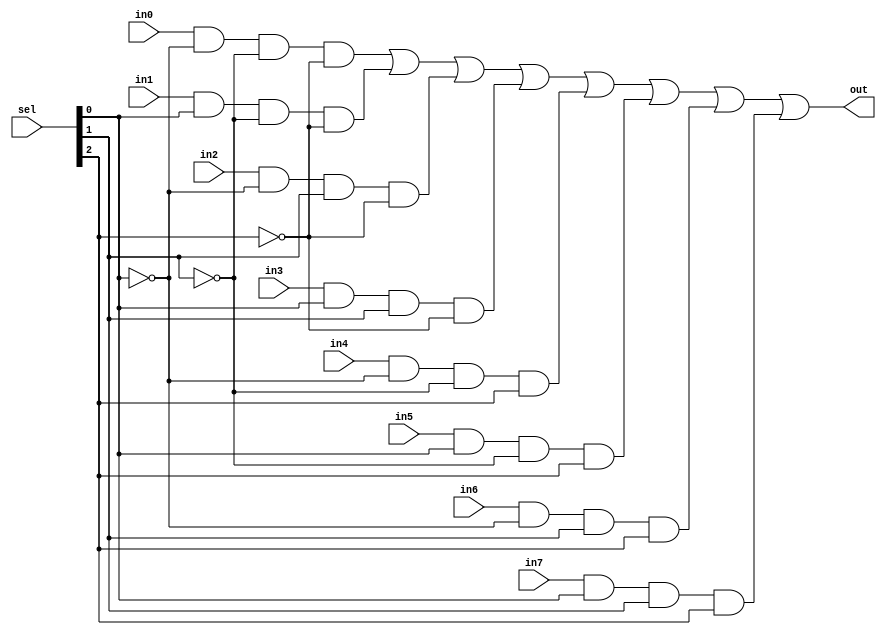
/*
 * Antonio Aguilar
 * Multiplexor 8 a 1 descrito de manera estructural
*/

module mux8to1esc(input in0, in1, in2, in3, in4, in5, in6, in7, input [2:0]sel, output out);
	wire ns0 = !sel[0];
	wire ns1 = !sel[1];
	wire ns2 = !sel[2];
	wire in0_and = in0 & ns0 & ns1 & ns2;
	wire in1_and = in1 & sel[0] & ns1 & ns2;
	wire in2_and = in2 & ns0 & sel[1] & ns2;
	wire in3_and = in3 & sel[0] & sel[1] & ns2;
	wire in4_and = in4 & ns0 & ns1 & sel[2];
	wire in5_and = in5 & sel[0] & ns1 & sel[2];
	wire in6_and = in6 & ns0 & sel[1] & sel[2];
	wire in7_and = in7 & sel[0] & sel[1] & sel[2];
	
	assign out = in0_and | in1_and | in2_and | in3_and | in4_and | in5_and | in6_and | in7_and;
endmodule